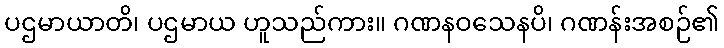
ပဌမာယာတိ၊ ပဌမာယ ဟူသည်ကား။ ဂဏနဝသေနပိ၊ ဂဏန်းအစဉ်၏